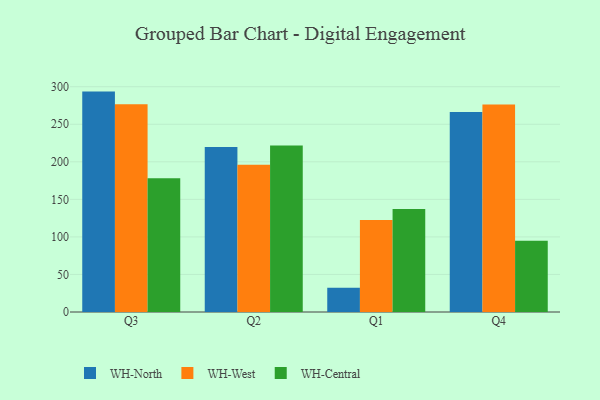
{"axis": {"x": "Quarter", "y": "Active Users"}, "legend": ["WH-Central", "WH-North", "WH-West"], "data": [{"x": "Q3", "y": 293.5, "type": "WH-North"}, {"x": "Q3", "y": 276.7, "type": "WH-West"}, {"x": "Q3", "y": 178.1, "type": "WH-Central"}, {"x": "Q2", "y": 219.6, "type": "WH-North"}, {"x": "Q2", "y": 196.0, "type": "WH-West"}, {"x": "Q2", "y": 221.7, "type": "WH-Central"}, {"x": "Q1", "y": 32.2, "type": "WH-North"}, {"x": "Q1", "y": 122.5, "type": "WH-West"}, {"x": "Q1", "y": 137.1, "type": "WH-Central"}, {"x": "Q4", "y": 266.3, "type": "WH-North"}, {"x": "Q4", "y": 276.4, "type": "WH-West"}, {"x": "Q4", "y": 94.8, "type": "WH-Central"}]}